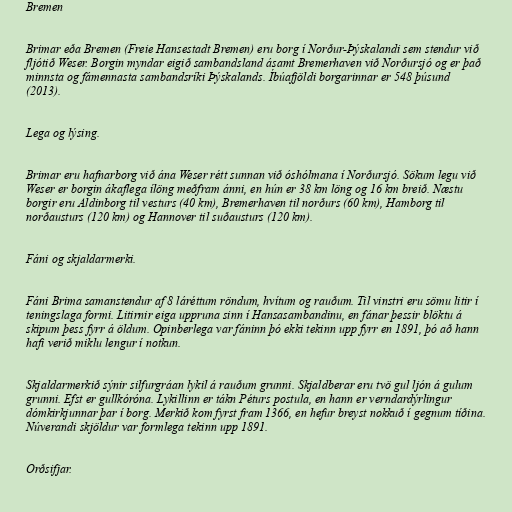
Bremen

Brimar eða Bremen (Freie Hansestadt Bremen) eru borg í Norður-Þýskalandi sem stendur við
fljótið Weser. Borgin myndar eigið sambandsland ásamt Bremerhaven við Norðursjó og er það
minnsta og fámennasta sambandsríki Þýskalands. Íbúafjöldi borgarinnar er 548 þúsund
(2013).

Lega og lýsing.

Brimar eru hafnarborg við ána Weser rétt sunnan við óshólmana í Norðursjó. Sökum legu við
Weser er borgin ákaflega ílöng meðfram ánni, en hún er 38 km löng og 16 km breið. Næstu
borgir eru Aldinborg til vesturs (40 km), Bremerhaven til norðurs (60 km), Hamborg til
norðausturs (120 km) og Hannover til suðausturs (120 km).

Fáni og skjaldarmerki.

Fáni Brima samanstendur af 8 láréttum röndum, hvítum og rauðum. Til vinstri eru sömu litir í
teningslaga formi. Litirnir eiga uppruna sinn í Hansasambandinu, en fánar þessir blöktu á
skipum þess fyrr á öldum. Opinberlega var fáninn þó ekki tekinn upp fyrr en 1891, þó að hann
hafi verið miklu lengur í notkun.

Skjaldarmerkið sýnir silfurgráan lykil á rauðum grunni. Skjaldberar eru tvö gul ljón á gulum
grunni. Efst er gullkóróna. Lykillinn er tákn Péturs postula, en hann er verndardýrlingur
dómkirkjunnar þar í borg. Merkið kom fyrst fram 1366, en hefur breyst nokkuð í gegnum tíðina.
Núverandi skjöldur var formlega tekinn upp 1891.

Orðsifjar.